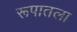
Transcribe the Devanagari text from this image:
रूपातला